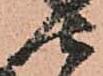
由